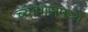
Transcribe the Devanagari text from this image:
च्यापासमध्ये